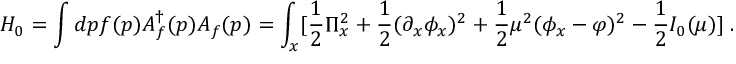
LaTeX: H _ { 0 } = \int d p f ( p ) A _ { f } ^ { \dagger } ( p ) A _ { f } ( p ) = \int _ { x } [ { \frac { 1 } { 2 } } \Pi _ { x } ^ { 2 } + { \frac { 1 } { 2 } } ( \partial _ { x } \phi _ { x } ) ^ { 2 } + { \frac { 1 } { 2 } } \mu ^ { 2 } ( \phi _ { x } - \varphi ) ^ { 2 } - { \frac { 1 } { 2 } } I _ { 0 } ( \mu ) ] \; .